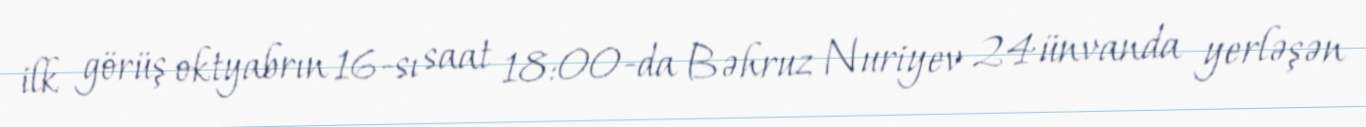
ilk görüş oktyabrın 16-sı saat 18:00-da Bəhruz Nuriyev 24 ünvanda yerləşən